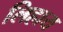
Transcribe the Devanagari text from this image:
लिहाय